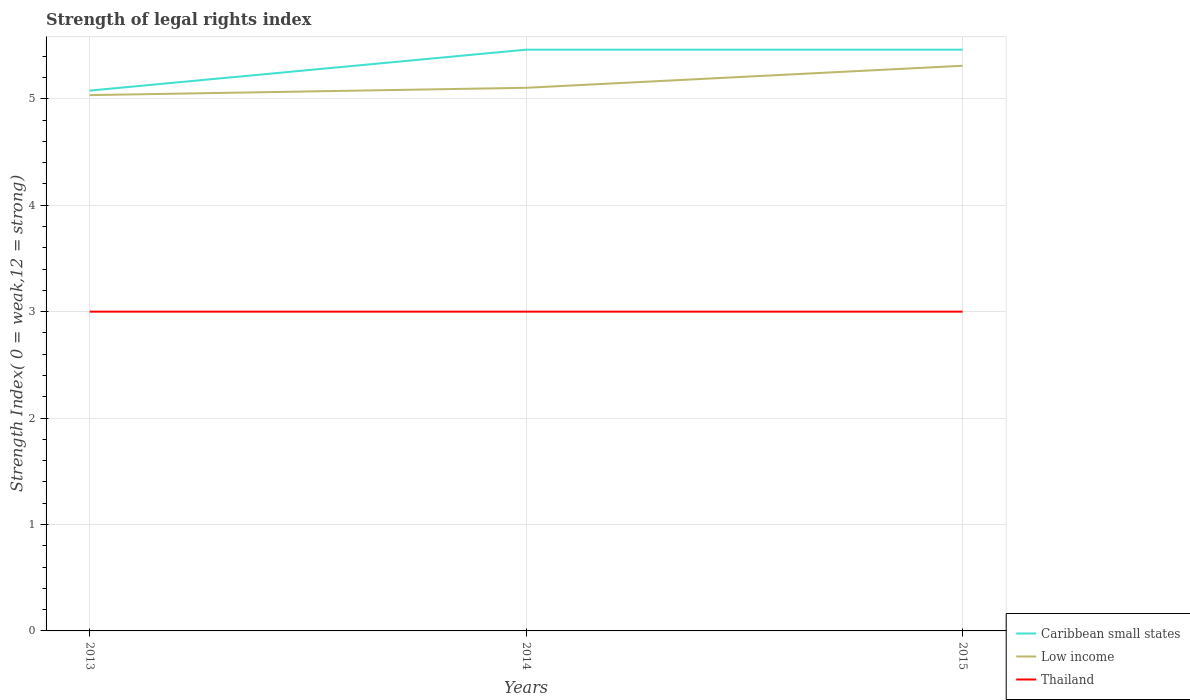
| Years | Caribbean small states | Low income | Thailand |
 | --- | --- | --- | --- |
 | 2013 | 5.08 | 5.03 | 3 |
 | 2014 | 5.46 | 5.1 | 3 |
 | 2015 | 5.46 | 5.31 | 3 |